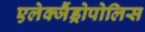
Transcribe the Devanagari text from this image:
एलेक्जैंड्रोपोलिस